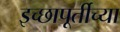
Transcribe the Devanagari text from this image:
इच्छापूर्तीच्या